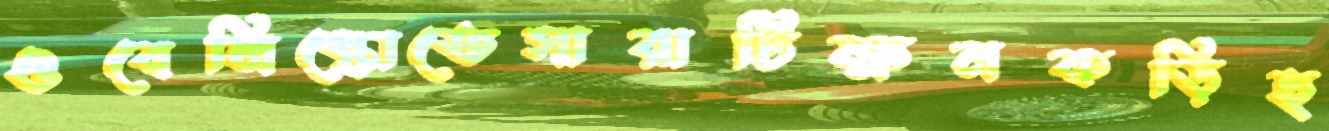
ওবেলিস্কোতেসারাটিক্ষনকড়িহ